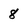
Character: 8